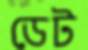
ডেট